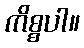
ကိစ္စပါ။